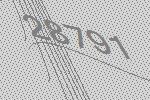
28791